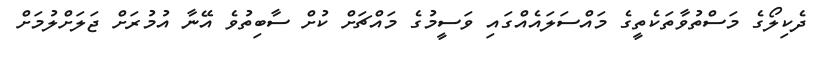
ދެކިލޯގެ މަސްތުވާތަކެތީގެ މައްސަލައެއްގައި ވަސީމުގެ މައްޗަށް ކުށް ސާބިތުވެ އޭނާ އުމުރަށް ޖަލަށްލުމަށް